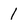
Character: 1